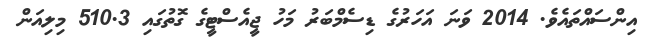
އިންސައްތައެވެ. 2014 ވަނަ އަހަރުގެ ޑިސެމްބަރު މަހު ޖީއެސްޓީގެ ގޮތުގައި 510.3 މިލިއަން